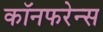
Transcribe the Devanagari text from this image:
कॉनफरेन्स